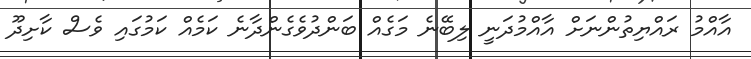
އާއްމު ރައްޔިތުންނަށް އާއްމުދަނީ ލިބޭނެ މަގެއް ބަންދުވެގެންދާނެ ކަމެއްް ކަމުގައި ވެސް ކާށިދޫ